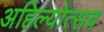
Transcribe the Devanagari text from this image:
अहिल्योत्सव